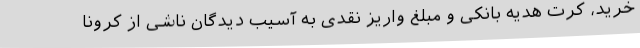
خرید، کرت هدیه بانکی و مبلغ واریز نقدی به آسیب دیدگان ناشی از کرونا